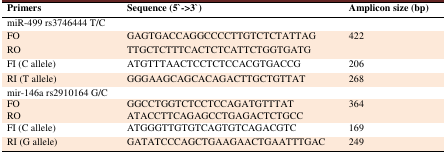
| Primers | Sequence (5`->3`) | Amplicon size (bp) |
 | --- | --- | --- |
 | miR-499 rs3746444 T/C |  |  |
 | FO | GAGTGACCAGGCCCCTTGTCTCTATTAG | <ROWSPAN=2> 422 |
 | RO | TTGCTCTTTCACTCTCATTCTGGTGATG |
 | FI (C allele) | ATGTTTAACTCCTCTCCACGTGACCG | 206 |
 | RI (T allele) | GGGAAGCAGCACAGACTTGCTGTTAT | 268 |
 | mir-146a rs2910164 G/C |  |  |
 | FO | GGCCTGGTCTCCTCCAGATGTTTAT | <ROWSPAN=2> 364 |
 | RO | ATACCTTCAGAGCCTGAGACTCTGCC |
 | FI (C allele) | ATGGGTTGTGTCAGTGTCAGACGTC | 169 |
 | RI (G allele) | GATATCCCAGCTGAAGAACTGAATTTGAC | 249 |